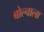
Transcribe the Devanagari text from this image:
बोल्बाला